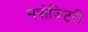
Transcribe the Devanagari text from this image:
सपोजिटरी